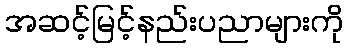
အဆင့်မြင့်နည်းပညာများကို